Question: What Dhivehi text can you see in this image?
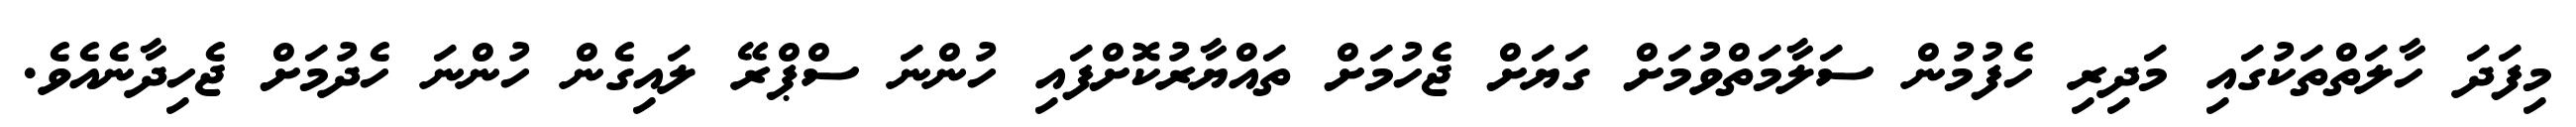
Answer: މިފަދަ ހާލަތްތަކުގައި މަދިރި ހެފުމުން ސަލާމަތްވުމަށް ގަޔަށް ޖެހުމަށް ތައްޔާރުކޮށްފައި ހުންނަ ސްޕްރޭ ލައިގެން ހުންނަ ހެދުމަށް ޖެހިދާނެއެވެ.